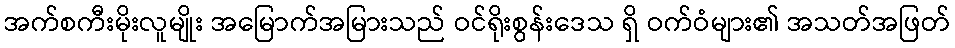
အက်စကီးမိုးလူမျိုး အမြောက်အမြားသည် ဝင်ရိုးစွန်းဒေသ ရှိ ဝက်ဝံများ၏ အသတ်အဖြတ်